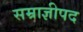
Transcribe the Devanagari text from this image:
सम्राज्ञीपद